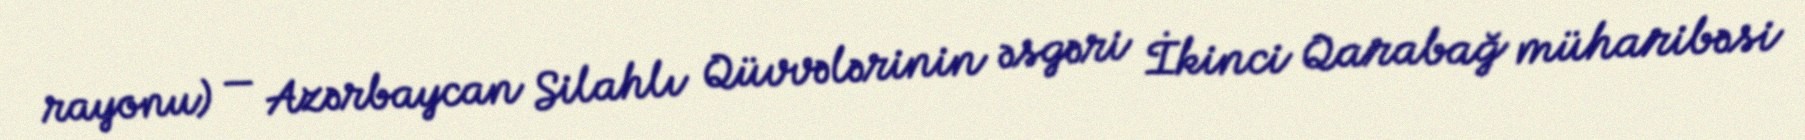
rayonu) — Azərbaycan Silahlı Qüvvələrinin əsgəri İkinci Qarabağ müharibəsi